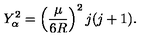
Y _ { \alpha } ^ { 2 } = \left( \frac { \mu } { 6 R } \right) ^ { 2 } j ( j + 1 ) .